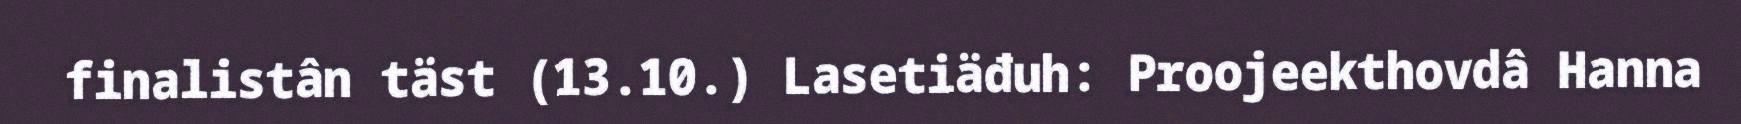
finalistân täst (13.10.) Lasetiäđuh: Proojeekthovdâ Hanna